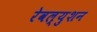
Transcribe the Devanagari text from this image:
रेवल्युशन